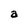
Character: a